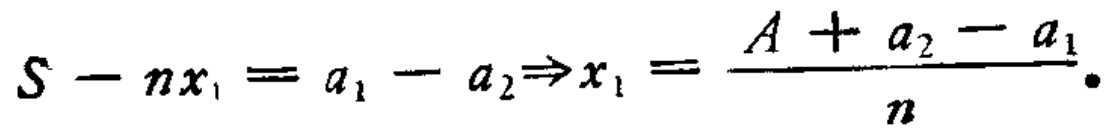
\[S - nx_{1} = a_{1} - a_{2}\Rightarrow x_{1} = \frac{A + a_{2} - a_{1}}{n}.\]